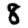
Digit: 8